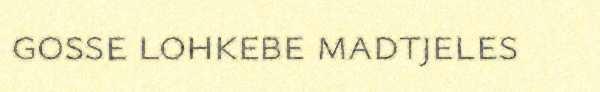
gosse lohkebe madtjeles